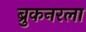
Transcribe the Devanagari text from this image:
ब्रुकनरला